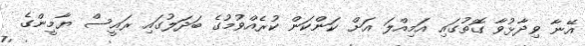
އޭނާ ވިދާޅުވާ ގޮތުގައި އަމިއްލަ އަށް ކަންކަން ކުރެއްވުމުގެ ބަދަލުގައި ރައީސް ޔާމީންގެ